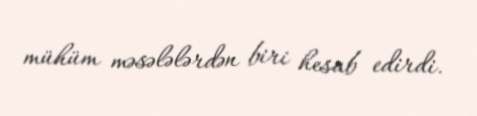
mühüm məsələlərdən biri hesab edirdi.